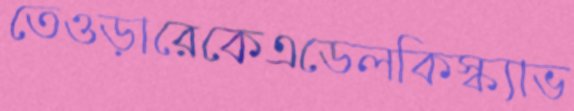
তেওড়ারেকেএডেলকিস্ক্যাভ